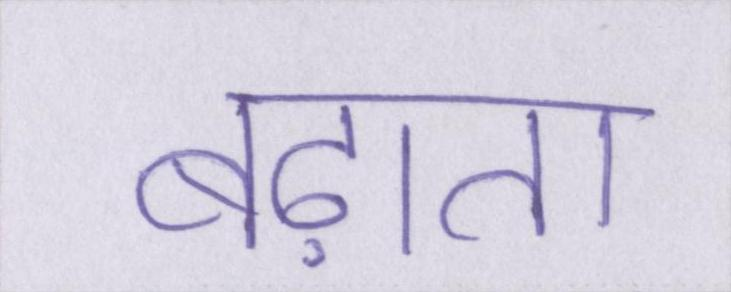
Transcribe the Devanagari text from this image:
बढ़ाता